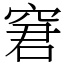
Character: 窘